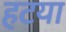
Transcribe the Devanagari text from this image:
हटया